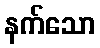
နက်သော